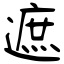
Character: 遮